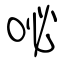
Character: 咇